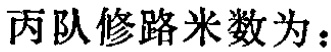
丙队修路米数为：